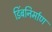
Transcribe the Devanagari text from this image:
डिंबनिर्माण